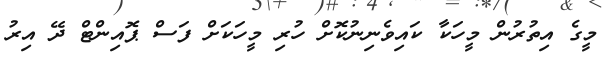
މީގެ އިތުރުން މީހަކާ ކައިވެނިނުކޮށް ހުރި މީހަކަށް ފަސް ޕޮއިންޓް ދޭ އިރު